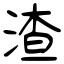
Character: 渣